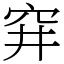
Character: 穽